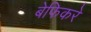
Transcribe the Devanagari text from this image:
बेफिकरे